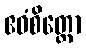
ဧဝံစိတ္တော